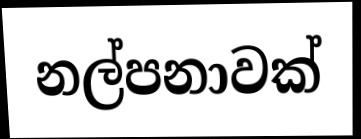
නල්පනාවක්